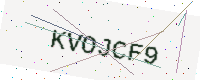
Text: KVOJCF9